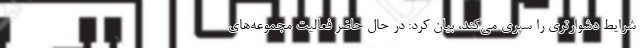
شرایط دشوارتری را سپری می‌کند، بیان کرد: در حال حاضر فعالیت مجموعه‌های